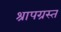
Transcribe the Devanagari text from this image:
श्रापग्रस्त